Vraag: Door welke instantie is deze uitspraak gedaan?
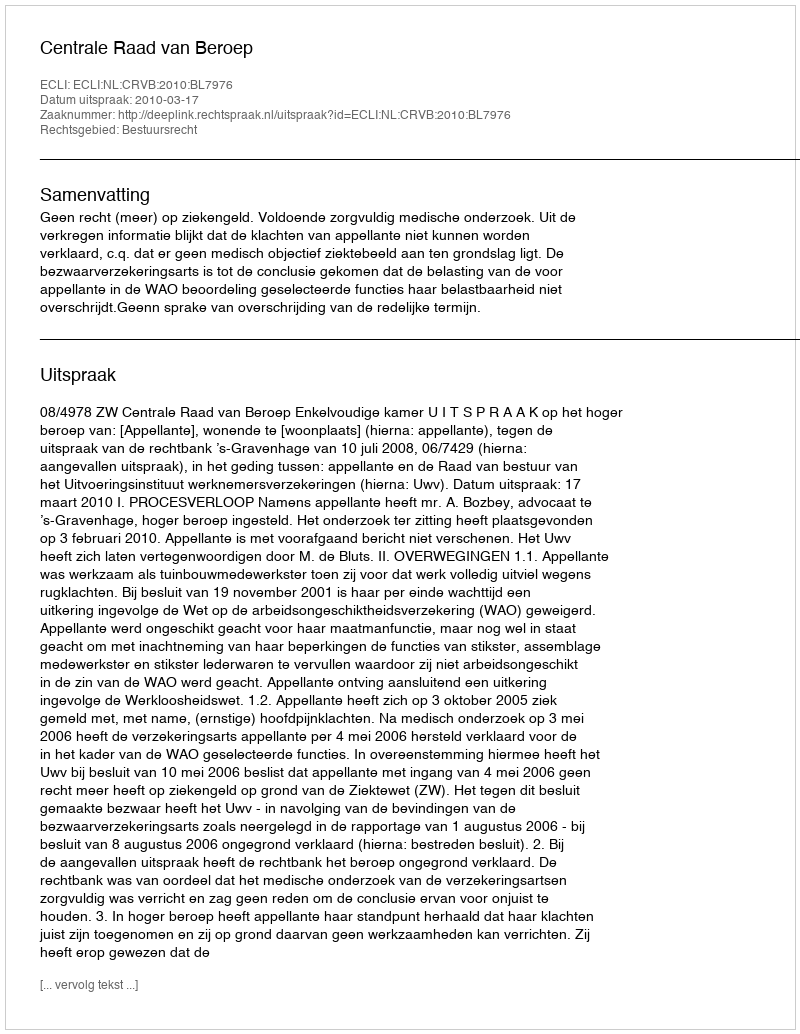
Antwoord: Centrale Raad van Beroep